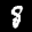
Label: 8